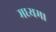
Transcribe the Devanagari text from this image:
मध्यम।